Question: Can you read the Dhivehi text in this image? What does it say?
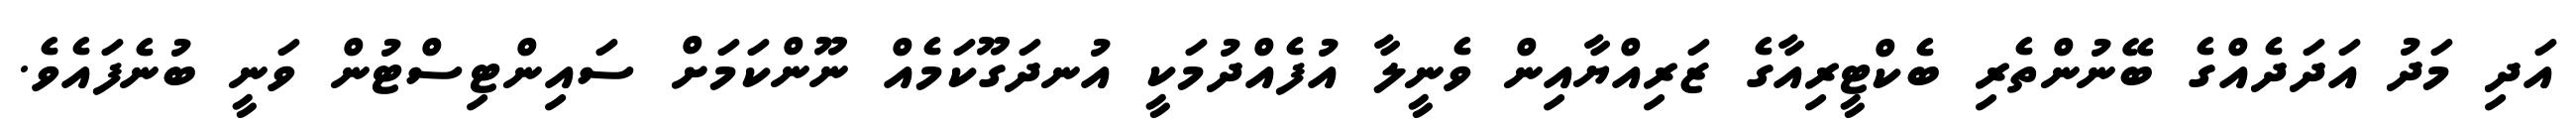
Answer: އަދި މަދު އަދަދެއްގެ ބޭނުންތެރި ބެކްޓީރިއާގެ ޒަރިއްޔާއިން ވެނީލާ އުފެއްދުމަކީ އުނދަގޫކަމެއް ނޫންކަމަށް ސައިންޓިސްޓުން ވަނީ ބުނެފައެވެ.